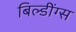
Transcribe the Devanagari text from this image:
बिल्डींग्स